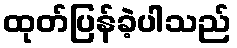
ထုတ်ပြန်ခဲ့ပါသည်